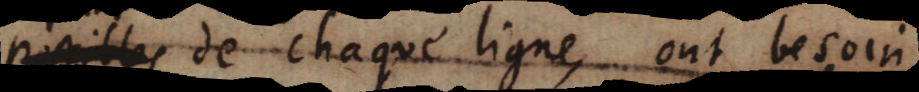
posibles de chaque ligne, ont besoin